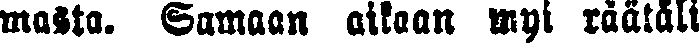
masta. Samaan aikaan myi räätäli